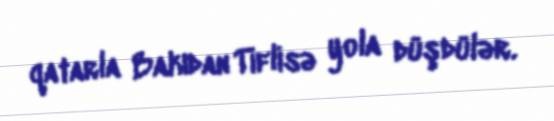
qatarla Bakıdan Tiflisə yola düşdülər.